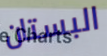
البستان